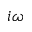
i \omega